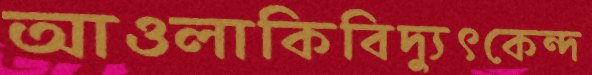
আওলাকিবিদ্যুৎকেন্দ